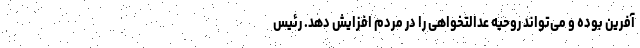
آفرین بوده و می‌تواند روحیه عدالتخواهی را در مردم افزایش دهد. رئیس